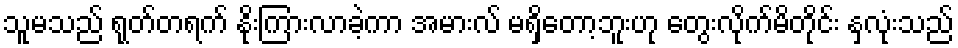
သူမသည် ရုတ်တရက် နိုးကြားလာခဲ့ကာ အမားလ် မရှိတော့ဘူးဟု တွေးလိုက်မိတိုင်း နှလုံးသည်